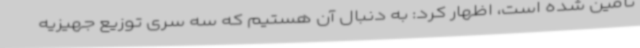
تامین شده است، اظهار کرد: به دنبال آن هستیم که سه سری توزیع جهیزیه